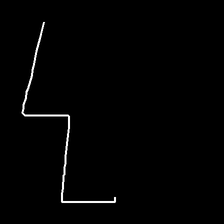
Glyph: crush